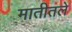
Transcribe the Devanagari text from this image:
मातीतले